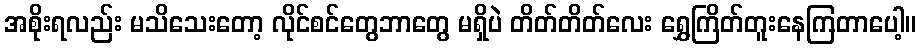
အစိုးရလည်း မသိသေးတော့ လိုင်စင်တွေဘာတွေ မရှိပဲ တိတ်တိတ်လေး ရွှေကြိတ်တူးနေကြတာပေါ့။